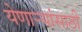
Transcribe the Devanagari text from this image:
येणार्‍यांसाठी